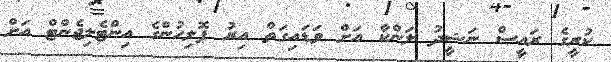
ކުރީގެ ރައީސް ނަޝީދު ލަންކާ އަށް ވަޑައިގަތް އިރު ޕޮލިހުންގެ އިންޓެލިޖެންޓް އަށް